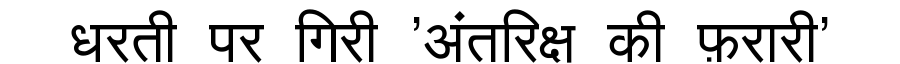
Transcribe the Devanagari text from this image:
धरती पर गिरी 'अंतरिक्ष की फ़रारी'